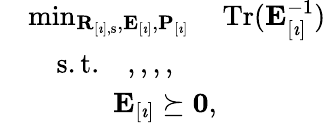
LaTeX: \begin{array}{rl}&{\operatorname*{min}_{\mathbf{R}_{[\imath],\mathrm{s}},\mathbf{E}_{[\imath]},\mathbf{P}_{[\imath]}}\quad\mathrm{Tr}(\mathbf{E}_{[\imath]}^{-1})}\\ &{\quad\mathrm{s.t.}\quad,,,,}\\ &{\quad\quad\quad\mathbf{E}_{[\imath]}\succeq\mathbf{0},}\end{array}